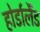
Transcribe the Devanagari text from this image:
होर्डालैंड